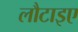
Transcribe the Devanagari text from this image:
लौटाइए